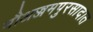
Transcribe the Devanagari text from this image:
मौअज्जमपुरसादात